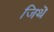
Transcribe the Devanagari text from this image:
जिथॆ